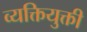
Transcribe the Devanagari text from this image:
व्यक्तियुक्ती